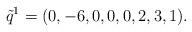
LaTeX: \begin{align*}\tilde{q}^1=(0,-6,0,0,0,2,3,1).\end{align*}